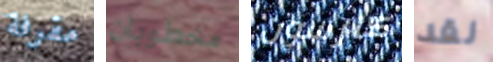
مقرفة مخطوبان كارسون لقد